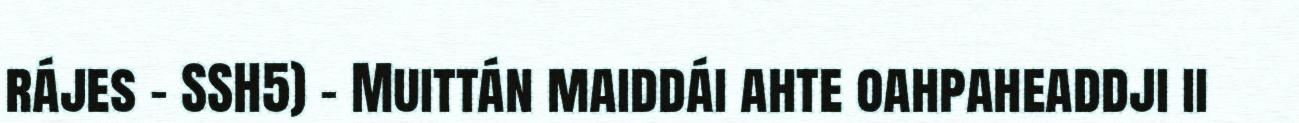
rájes – SSH5) – Muittán maiddái ahte oahpaheaddji ii